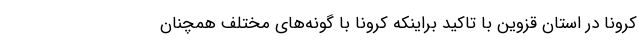
کرونا در استان قزوین با تاکید براینکه کرونا با گونه‌های مختلف همچنان